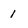
Character: 1